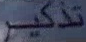
تذکر